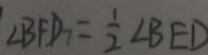
\angle B F D = \frac { 1 } { 2 } \angle B E D